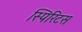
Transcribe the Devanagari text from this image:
स्पिरिटस